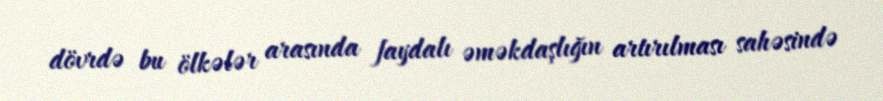
dövrdə bu ölkələr arasında faydalı əməkdaşlığın artırılması sahəsində